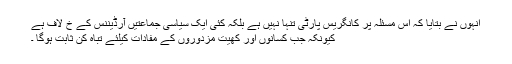
انہوں نے بتایا کہ اس مسئلہ پر کانگریس پارٹی تنہا نہیں ہے بلکہ کئی ایک سیاسی جماعتیں آرڈیننس کے خ لاف ہے
کیونکہ جب کسانوں اور کھیت مزدوروں کے مفادات کیلئے تباہ کن ثابت ہوگا ۔